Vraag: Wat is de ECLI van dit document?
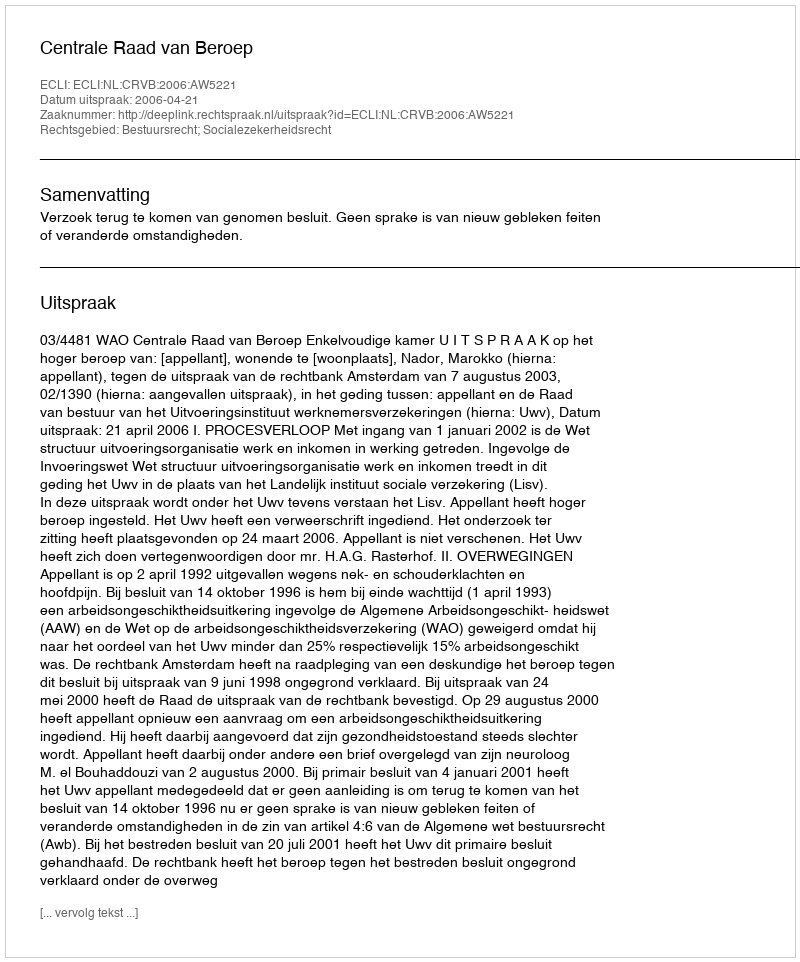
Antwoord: ECLI:NL:CRVB:2006:AW5221